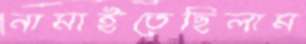
নামাইতেছিলাম